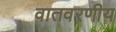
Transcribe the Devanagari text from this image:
वातवरणीय